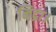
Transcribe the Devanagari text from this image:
निद्रा।